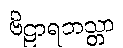
ဗိဠာရဘသ္တာ